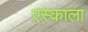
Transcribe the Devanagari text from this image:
एस्काला